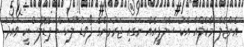
އެންޖެލާ މާކެލްއާ އެކު ސެލްފީއެއް ނަގައި ޖަރުމަންގެ ފޯވަޑް ލޫކަސް ޕޮޑޮލްސްކީ ވައުދު